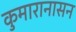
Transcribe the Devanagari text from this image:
कुमारानासन